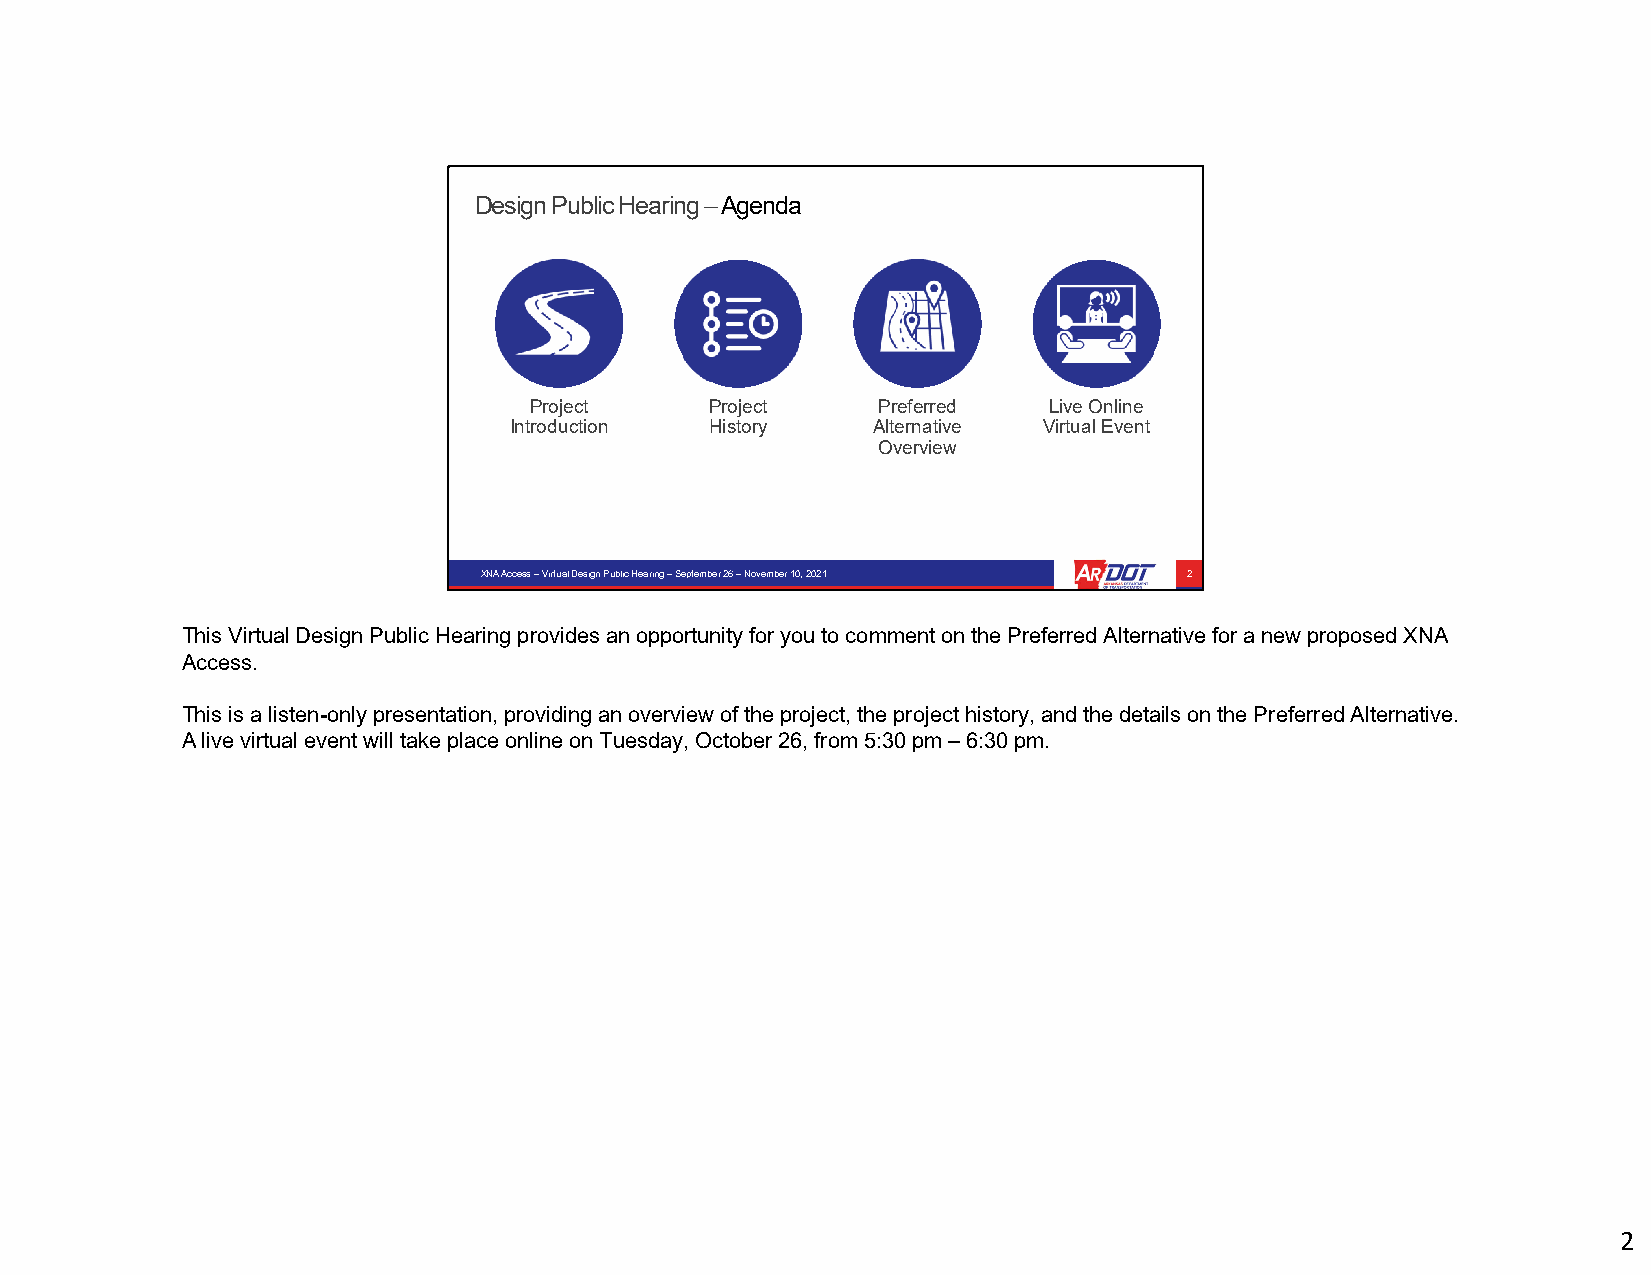
Design Public Hearing –Agenda
 Project     Project    Preferred  Live Online
 Introduction History    Alternative Virtual Event
 Overview
 XNA Access –Virtual Design Public Hearing –September 26 –November 10, 2021 2
 This Virtual Design Public Hearing provides an opportunity for you to comment on the Preferred Alternative for a new proposedXNA
 Access.
 This is a listen-only presentation, providing an overview of the project, the project history, and the details on the Preferred Alternative.
 A live virtual event will take place online on Tuesday, October 26, from 5:30 pm –6:30 pm.
 2